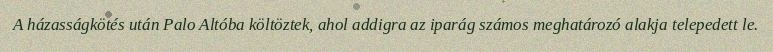
A házasságkötés után Palo Altóba költöztek, ahol addigra az iparág számos meghatározó alakja telepedett le.